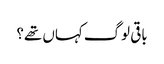
باقی لوگ کہاں تھے؟